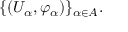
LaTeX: \{ ( U _ { \alpha } , \varphi _ { \alpha } ) \} _ { \alpha \in A } .